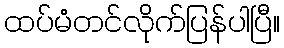
ထပ်မံတင်လိုက်ပြန်ပါပြီ။